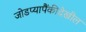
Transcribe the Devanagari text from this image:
जोडप्यापैंकीदेखील